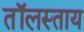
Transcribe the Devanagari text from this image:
तॉलस्ताय